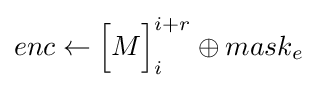
enc\leftarrow {\Bigl [}M{\Bigr ]}_{i}^{i+r}\oplus mask_{e}